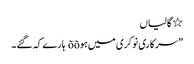
٭ گالیاں
” سرکاری نوکری میں ہوõõ ہارے کہ گئے ۔